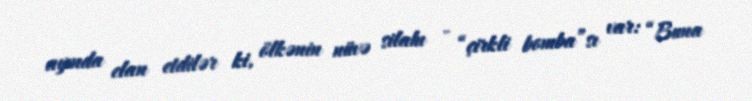
ayında elan etdilər ki, ölkənin nüvə silahı - “çirkli bomba”sı var: “Buna